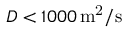
D < 1 0 0 0 \, \mathrm { m ^ { 2 } / s }